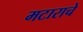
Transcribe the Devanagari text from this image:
मटाराचे